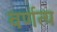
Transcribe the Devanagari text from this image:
वर्णत्य